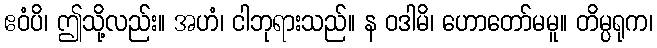
ဧဝံပိ၊ ဤသို့လည်း။ အဟံ၊ ငါဘုရားသည်။ န ဝဒါမိ၊ ဟောတော်မမူ။ တိမ္ပရုက၊